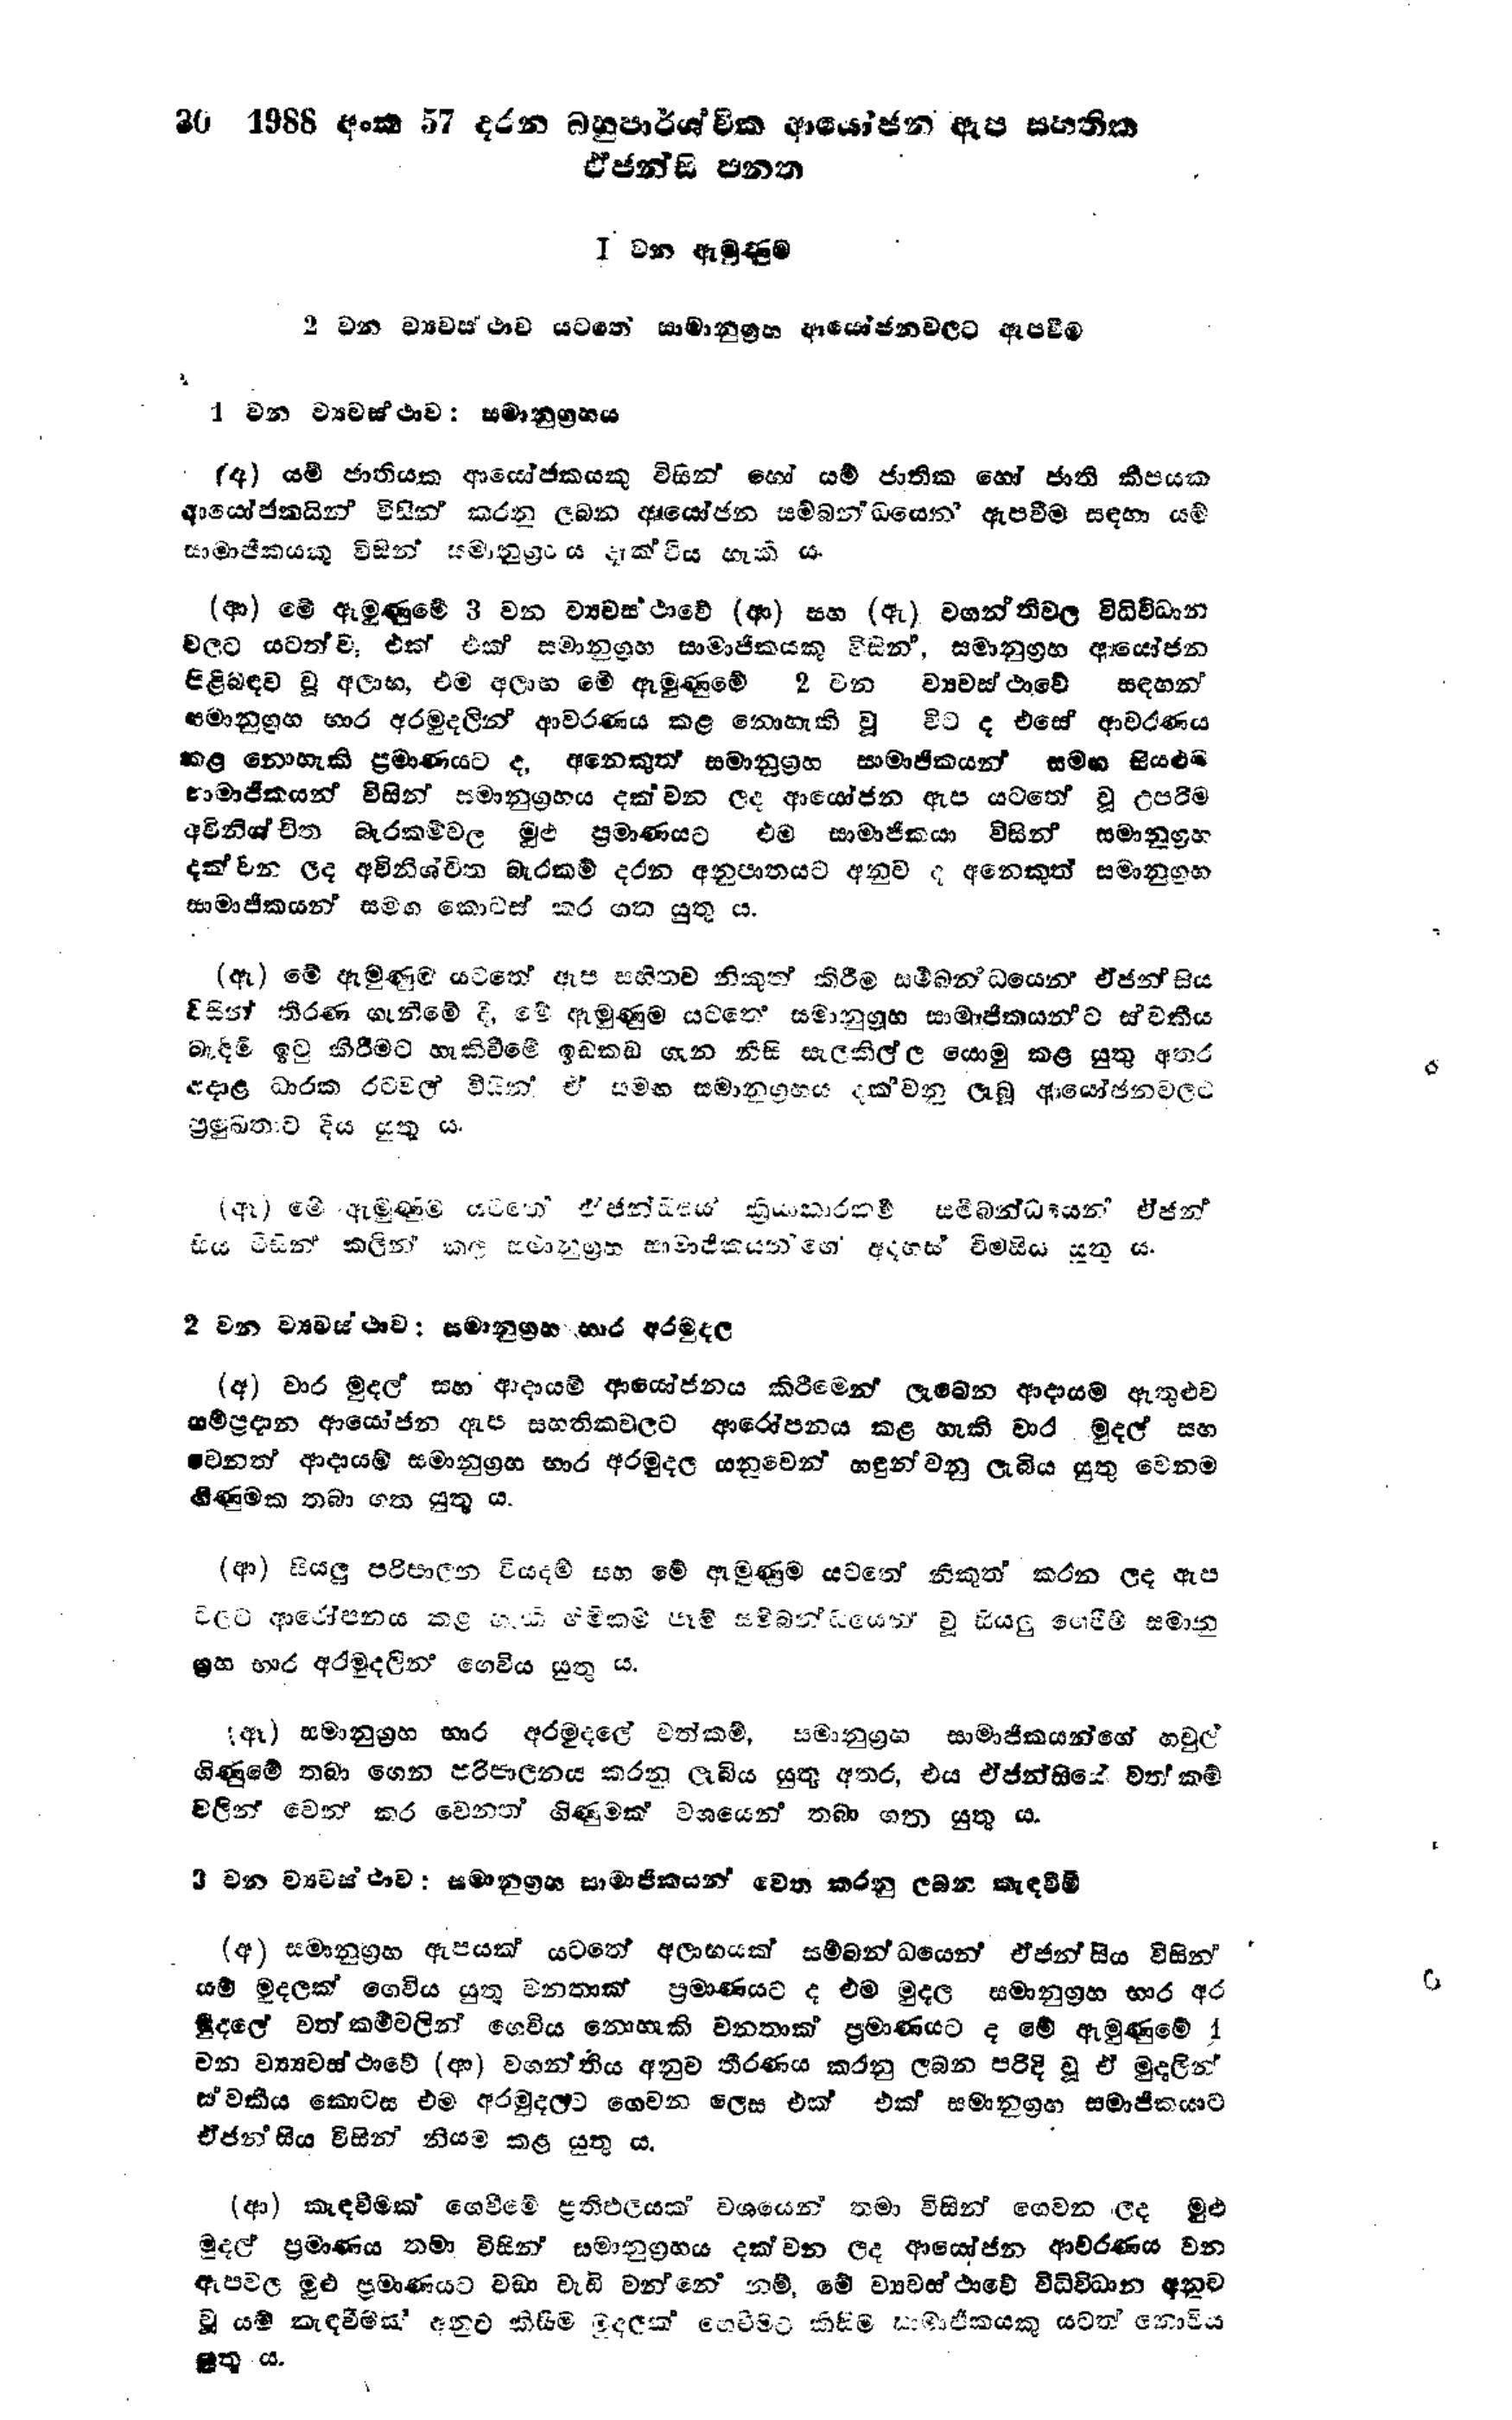
30 1988 අංක 57 දරන බහුපාර්ශ්වික ආයෝජන ඇප සහතික
ඒජන්සි පනත

Ⅰ වන ඇමුණුම

2 වන ව්‍යවස්ථාව යටතේ සාමානුග්‍රහ ආයෝජන වලට ඇපවීම

1 වන ව්‍යවස්ථාව: සමානුග්‍රහය

(අ) යම් ජාතියක ආයෝජකයකු විසින් හෝ යම් ජාතික හෝ ජාති කීපයක
ආයෝජනයින් විසින් කරනු ලබන ආයෝජන සම්බන්ධයෙන‍් ඇපවීම සඳහා යම්
සාමාජිකයකු විසින් සමානුග්‍රහය දැක්විය හැකි ය.

(ආ) මේ ඇමුණුමේ 3 වන ව්‍යවස්ථාවේ (ආ) සහ (ඇ) වගන්තිවල විධිවිධාන
වලට යටත්ව, එක් එක් සමානුග්‍රහ සාමාජිකයකු විසින්, සමානුග්‍රහ ආයෝජන
පිළිබඳව වූ අලාභ, එම අලාභ මේ ඇමුණුමේ 2 වන ව්‍යවස්ථාවේ සඳහන්
සමානුග්‍රහ භාර අරමුදලින් ආවරණය කළ නොහැකි වූ විට ද එසේ ආවරණය
කළ නොහැකි ප්‍රමාණයට ද, අනෙකුත් සමානුග්‍රහ සාමාජිකයන් සමඟ සියළුම
සාමාජිකයන් විසින් සමානුග්‍රහය දක්වන ලද ආයෝජන ඇප යටතේ වූ උපරිම
අවිනිශ්චිත බැරකම්වල මුළු ප්‍රමාණයට එම සාමාජිකයා විසින් සමානුග්‍රහ
දක්වන ලද අවිනිශ්චිත බැරකම් දරන අනුපාතයට අනුවද අනෙකුත් සමානුගහ
සාමාජිකයන් සමඟ කොටස් කර ගත යුතු ය.

(ඇ) මේ ඇමුණුම යටතේ ඇප සහිතව නිකුත් කිරීම සම්බන්ධයෙන් ඒජන්සිය
විසින් තීරණ ගැනීමේ දී, මේ ඇමුණුම යටතේ සමානුග්‍රහ සාමාජිකයනට ස්වකීය
බැඳීම් ඉටු කිරීමට හැකි වීමේ ඉඩකඩ ගැන නිසි සැලකිල්ල යොමු කළ යුතු අතර
අදාළ ධාරක රටවල් විසින් ඒ සමඟ සමානුග්‍රහය දක්වනු ලැබූ ආයෝජනවලට
ප්‍රමුඛතාව දිය යුතු ය.

(ඈ) මේ ඇමුණුම් යටතේ ඒ ඒජන්සිය ක්‍රියාකාරකම් සමීබන්ධයෙන් ඒජන්
සිය විසින් කලින් කල සමානුග්‍රහ සාමාජිකයන් ගේ අදහස් විමසිය යුතු ය.

2 වන ව්‍යවස්ථාව; සමානුග්‍රහ භාර අරමුදල

(අ) වාර මුදල් සහ ආදායම් ආයෝජනය කිරීමෙන් ලැබෙන ආදායම ඇතුළුව
සම්ප්‍රදාන ආයෝජන ඇප සහතිකවලට ආරෝපනය කළ හැකි වාර මුදල් සහ
වෙනත් ආදායම් සමානුග්‍රහ භාර අරමුදල යනුවෙන් හඳුන්වනු ලැබිය යුතු වෙනම
ගිණුමක තබා ගත යුතු ය.

(ආ) සියලු පරිපාලන වියදම් සහ මේ ඇමුණුම යටතේ නිකුත් කරන ලද ඇප
වලට ආරෝපනය කළ හැකි හිමිකම් පෑම් සම්බන්ධයෙන් වූ සියලු ගෙවීම් සමානු
ග්‍රහ භාර අරමුදලින් ගෙවිය යුතු ය.

(ඈ) සමානුග්‍රහ භාර අරමුදලේ වත්කම්, සමානුග්‍රහ සාමාජිකයන්ගේ හවුල්
ගිණුමේ තබා ගෙන පරිපාලනය කරනු ලැබිය යුතු අතර, එය ඒජන්සියේ වත්කම්
වලින් වෙන් කර වෙනත් ගිණුමක් වශයෙන් තබා ගත යුතු ය.

3 වන ව්‍යවස්ථාව : සමානුග්‍රහ සාමාජිකයන් වෙත කරනු ලබන කැඳවීම්

(අ) සමානුග්‍රහ ඇපයක් යටතේ අලාභයක් සම්බන්ධයෙන් ඒජන්සිය විසින්
යම් මුදලක් ගෙවිය යුතු වනතාක් ප්‍රමාණයට ද එම මුදල සමානුග්‍රහ භාර අර
මුදලේ වත් කර්මවලින් ගෙවිය නොහැකි වනතාක් ප්‍රමාණයටද මේ ඇමුණුමේ 1
වන ව්‍යවස්ථාවේ (ආ) වගන්තිය අනුව තීරණය කරනු ලබන පරිදි වූ ඒ මුදලින්
ස්වකීය කොටස එම අරමුදලට ගෙවන ලෙස එක් එක් සමානුග්‍රහ සමාජිකයාට
ඒජන්සිය විසින් නියම කළ යුතු ය.

(ආ) කැඳවීමක් ගෙවීමේ ප්‍රතිඵලයක් වශයෙන් තමා විසින් ගෙවන ලද මුළු
මුදල් ප්‍රමාණය තමා විසින් සමානුග්‍රහය දක්වන ලද ආයෝජන ආවරණය වන
ඇපවල මුළු ප්‍රමාණයට වඩා වැඩි වන්නේ නම්, මේ ව්‍යවස්ථාවේ විධිවිධාන අනුව
වූ යම් කැඳවීමක් අනුව කිසිම මුදලක් ගෙවීමට කිසිම සාමාජිකයකු යටත් නොවිය
යුතු ය.